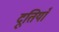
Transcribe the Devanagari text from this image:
दूतियाँ